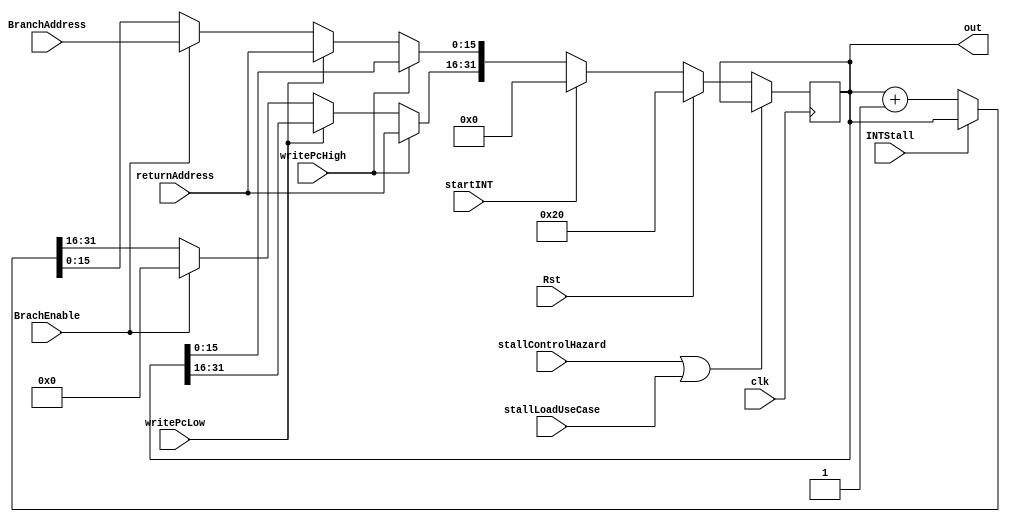

module PCRegWrite(clk,out,INTStall,stallControlHazard,stallLoadUseCase,Rst,BrachEnable,BranchAddress,startINT,returnAddress,writePcHigh,writePcLow);
input [15:0] BranchAddress,returnAddress;
input clk,stallControlHazard,stallLoadUseCase,Rst,BrachEnable,startINT,INTStall,writePcHigh,writePcLow;
output reg [31:0] out;

initial begin
  out=2**5-1;
end

always @(negedge clk) begin
  if (stallControlHazard==1||stallLoadUseCase==1) begin
  end
  else if (Rst==1) begin
    out=2**5;
  end
  else if (startINT==1) begin
    out=0;
  end
  else if(writePcHigh == 1) begin
    out[31:16] = returnAddress;
  end
  else if(writePcLow == 1) begin
    out[15:0] = returnAddress;
  end
  else if (BrachEnable==1) begin
    out[15:0]=BranchAddress[15:0];
    out[31:16]=0;
  end
  else if (INTStall==1) begin
  end
  else begin
    out=out+1;
  end
end
endmodule